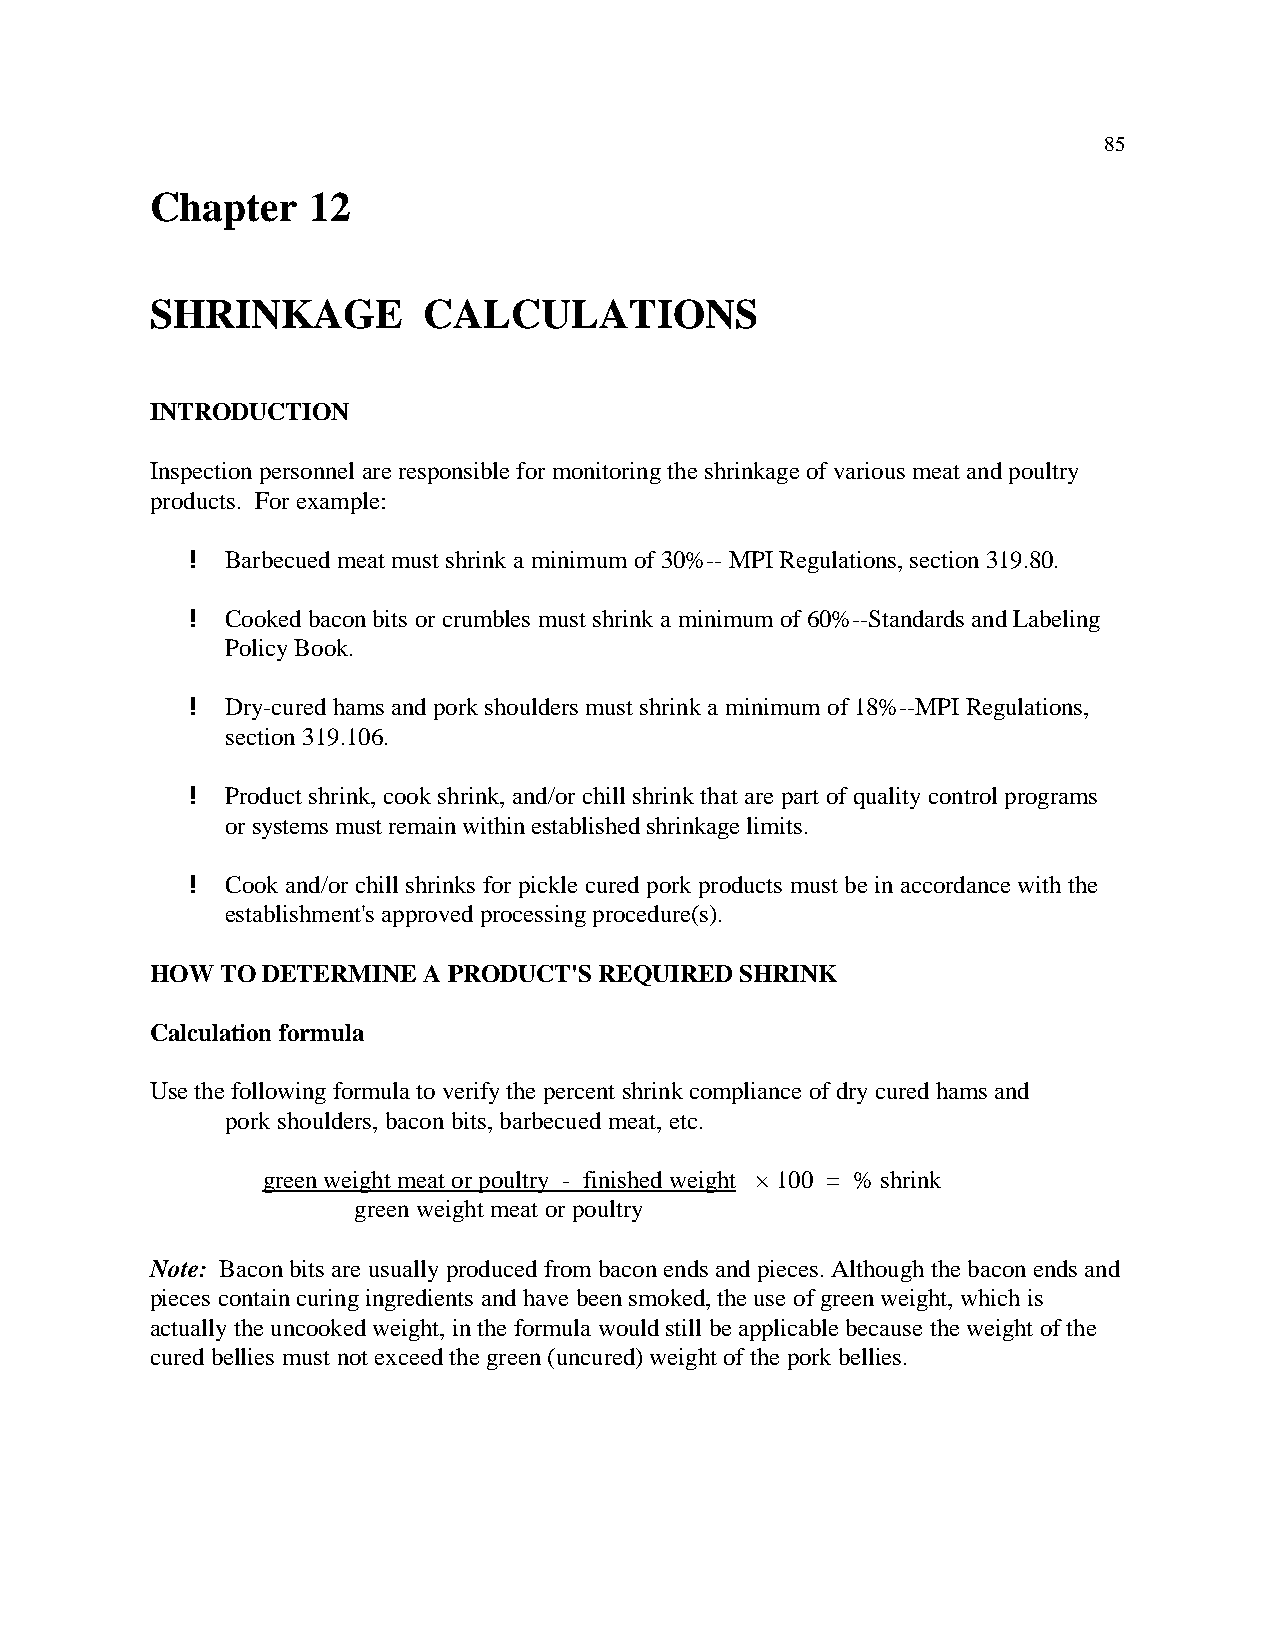
85
 Chapter   12
 SHRINKAGE         CALCULATIONS
 INTRODUCTION
 Inspection personnel are responsible for monitoring the shrinkage of various meat and poultry
 products. For example:
 !  Barbecued meat must shrink a minimum of 30%-- MPI Regulations, section 319.80.
 !  Cooked bacon bits or crumbles must shrink a minimum of 60%--Standards and Labeling
 Policy Book.
 !  Dry-cured hams and pork shoulders must shrink a minimum of 18%--MPI Regulations,
 section 319.106.
 !  Product shrink, cook shrink, and/or chill shrink that are part of quality control programs
 or systems must remain within established shrinkage limits.
 !  Cook and/or chill shrinks for pickle cured pork products must be in accordance with the
 establishment's approved processing procedure(s).
 HOW  TO DETERMINE A PRODUCT'S REQUIRED SHRINK
 Calculation formula
 Use the following formula to verify the percent shrink compliance of dry cured hams and
 pork shoulders, bacon bits, barbecued meat, etc.
 green weight meat or poultry - finished weight × 100 = % shrink
 green weight meat or poultry
 Note: Bacon bits are usually produced from bacon ends and pieces. Although the bacon ends and
 pieces contain curing ingredients and have been smoked, the use of green weight, which is
 actually the uncooked weight, in the formula would still be applicable because the weight of the
 cured bellies must not exceed the green (uncured) weight of the pork bellies.